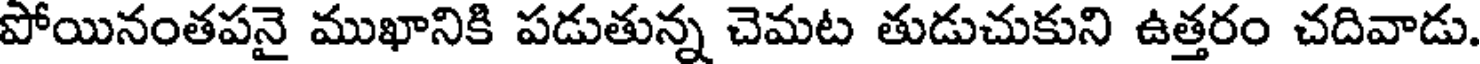
పోయినంతపనై ముఖానికి పడుతున్న చెమట తుడుచుకుని ఉత్తరం చదివాడు.